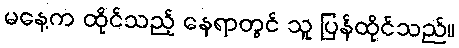
မနေ့က ထိုင်သည့် နေရာတွင် သူ ပြန်ထိုင်သည်။